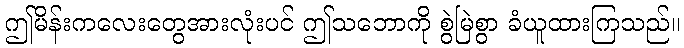
ဤမိန်းကလေးတွေအားလုံးပင် ဤသဘောကို စွဲမြဲစွာ ခံယူထားကြသည်။